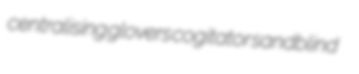
centralising glovers cogitator sandblind